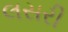
લસરી